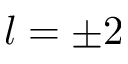
l = \pm 2